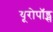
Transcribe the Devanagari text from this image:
यूरोपॉड्स